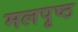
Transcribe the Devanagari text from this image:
मलपृष्ठ